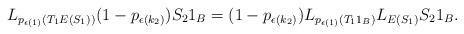
LaTeX: \begin{align*}L_{p_{\epsilon(1)}\left(T_1E(S_1)\right)}(1-p_{\epsilon(k_{2})}) S_2 1_B = (1-p_{\epsilon(k_{2})}) L_{p_{\epsilon(1)}\left(T_11_B\right)}L_{E(S_1)}S_2 1_B.\end{align*}